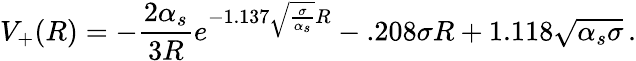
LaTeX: V_{+}(R)=-{\frac{2\alpha_{s}}{3R}}e^{-1.137\sqrt{\frac{\sigma}{\alpha_{s}}}R}-.208\sigma R+1.118\sqrt{\alpha_{s}\sigma}\, .